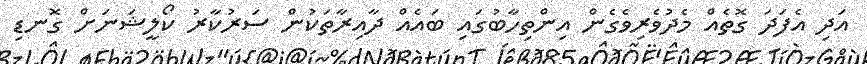
އަދި އެފަދަ ގޮތެއް މެދުވެރިވެގެން އިންތިހާބުގައި ބައެއް ދާއިރާތަކުން ސަރުކާރު ކޯލީޝަނަށް ގޮނޑި